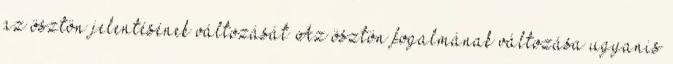
az ösztön jelentésének változását Az ösztön fogalmának változása ugyanis